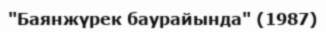
"Баянжүрек баурайында" (1987)